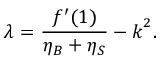
\lambda = \frac { f ^ { \prime } ( 1 ) } { \eta _ { B } + \eta _ { S } } - \boldsymbol { k } ^ { 2 } .